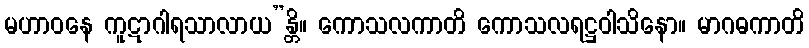
မဟာဝနေ ကူဋာဂါရသာလာယ”န္တိ။ ကောသလကာတိ ကောသလရဋ္ဌဝါသိနော။ မာဂဓကာတိ